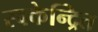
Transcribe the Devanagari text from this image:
स्वकेन्द्रित